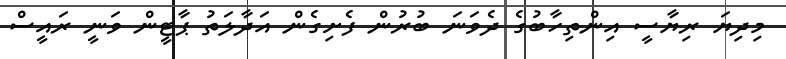
މިދިޔަ ރިޔާސީ އިންތިހާބުގެ ދެވަނަ ބުރުން ފެށިގެން އަދާލަތު ޕާޓީން ވަނީ ރައީސް